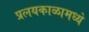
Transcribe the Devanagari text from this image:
प्रलयकाळामध्ये